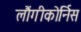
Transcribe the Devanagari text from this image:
लौंगीकोर्निस